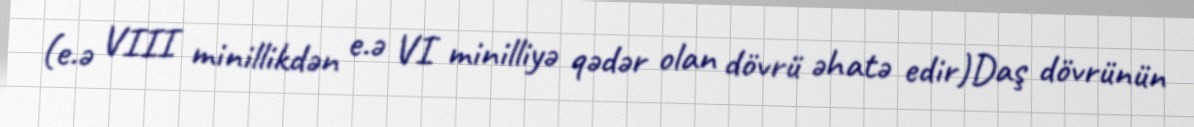
(e.ə VIII minillikdən e.ə VI minilliyə qədər olan dövrü əhatə edir)Daş dövrünün